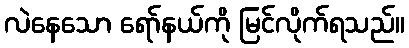
လဲနေသော ရော်နယ်ကို မြင်လိုက်ရသည်။